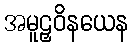
အမူဠှဝိနယေန